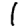
Digit: 1